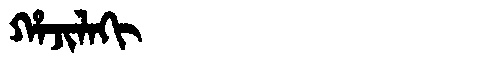
Manchu: ᡥᠠᠵᡳᠯᠠᡴᡳ
Romanization: HAJILAKI